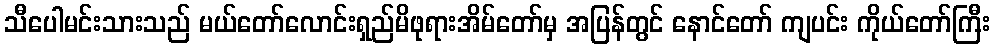
သီပေါမင်းသားသည် မယ်တော်လောင်းရှည်မိဖုရားအိမ်တော်မှ အပြန်တွင် နောင်တော် ကျပင်း ကိုယ်တော်ကြီး